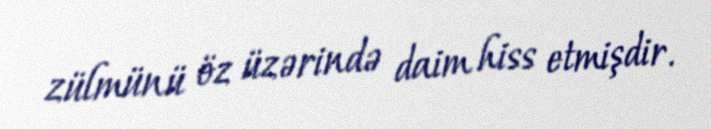
zülmünü öz üzərində daim hiss etmişdir.